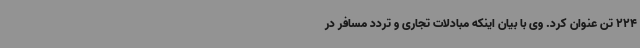
224 تن عنوان کرد. وی با بیان اینکه مبادلات تجاری و تردد مسافر در